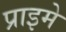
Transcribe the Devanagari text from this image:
प्राइमे